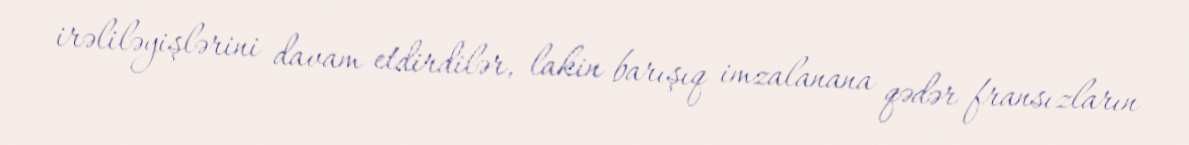
irəliləyişlərini davam etdirdilər, lakin barışıq imzalanana qədər fransızların